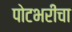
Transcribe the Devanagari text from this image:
पोटभरीचा